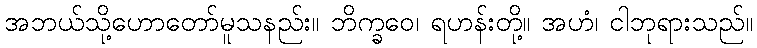
အဘယ်သို့ဟောတော်မူသနည်း။ ဘိက္ခဝေ၊ ရဟန်းတို့။ အဟံ၊ ငါဘုရားသည်။